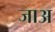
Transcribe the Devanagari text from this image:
जाअ